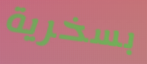
بسخرية